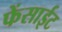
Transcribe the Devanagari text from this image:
फेंसाईट